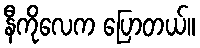
နီကိုလေက ပြောတယ်။